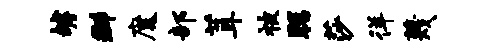
罅群魔部茸被聪莎徉蔑